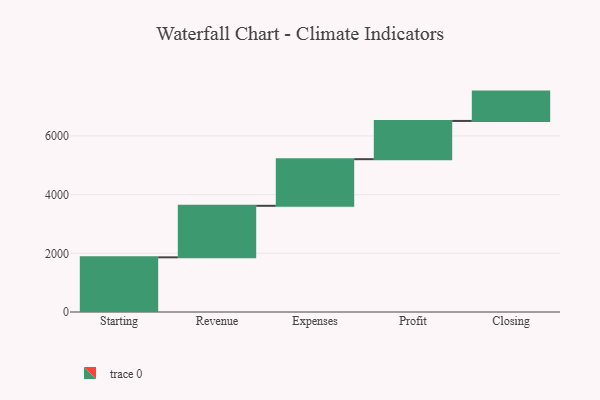
{"axis": {"x": "Step", "y": "Value"}, "legend": [""], "data": [{"x": "Starting", "y": 1863.0, "type": ""}, {"x": "Revenue", "y": 1756.0, "type": ""}, {"x": "Expenses", "y": 1589.0, "type": ""}, {"x": "Profit", "y": 1303.0, "type": ""}, {"x": "Closing", "y": 1000, "type": ""}]}